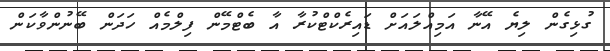
ގުޅިގެން ލިޔެ އޭނާ އަމިއްލައަށް ޑައިރެކްޓްކުރާ އާ ބެޓްމޭން ފިލްމެއް ހަދަން ބޭނުންވާކަން